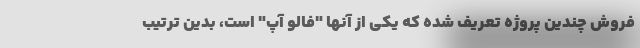
فروش چندین پروژه تعریف شده که یکی از آنها "فالو آپ" است، بدین ترتیب